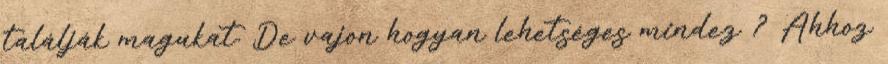
találják magukat. De vajon hogyan lehetséges mindez ? Ahhoz